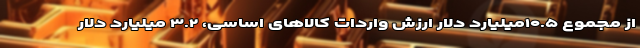
از مجموع ۱۰.۵میلیارد دلار ارزش واردات کالاهای اساسی، ۳.۲ میلیارد دلار